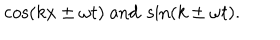
\cos ( k x \pm \omega t ) \textrm { a n d } \sin ( k \pm \omega t ) .